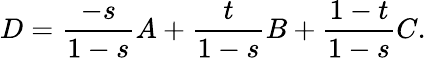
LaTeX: D=\frac{-s}{1-s}A+\frac{t}{1-s}B+\frac{1-t}{1-s}C.